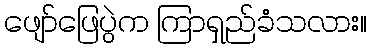
ဖျော်ဖြေပွဲက ကြာရှည်ခံသလား။